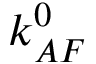
k _ { A F } ^ { 0 }